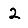
Digit: 2